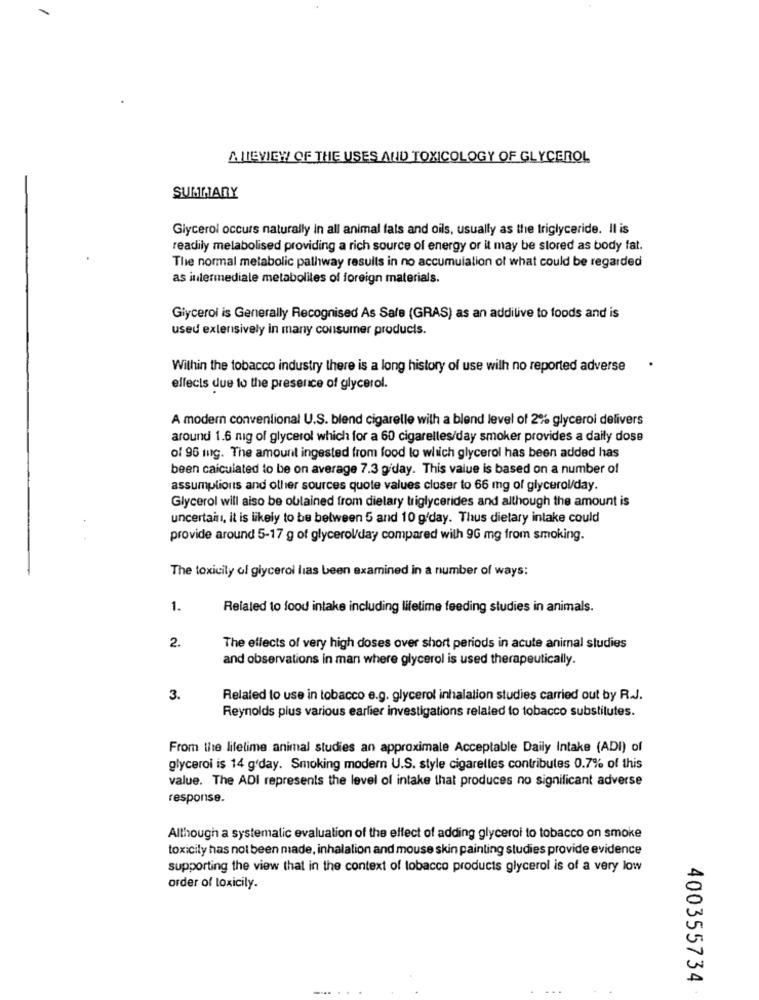
MIEVIEW OF THE USES AND TOXICOLOGY OF GLYCEROL
SUMMARY
Glycerol occurs naturally in all animal fals and oils, usually as the triglyceride. Il is
readily metabolised providing a rich source of energy or it may be stored as body fat.
The normal metabolic pathway results in no accumulation of what could be regarded
as intermediale metabolites of foreign materials.
Glycerol is Generally Recognised As Sale (GRAS) as an additive to foods and is
used extensively in many consumer products.
Within the tobacco industry there is a long history of use wilh no reported adverse
effects due to the presence of glycerol.
A modern conventional U.S. blend cigarelle wilh a blend level of 2% glycerol delivers
around 1.6 nig of glycerol which for a 60 cigarelles/day smoker provides a daily dose
of 96 mg. The amount ingested from food lo which glycerol has been added has
been calculated to be on average 7.3 giday. This value is based on a number of
assumptions and other sources quote values closer to 66 mg of glycerol/day.
Glycerol will aiso be obtained from dielary triglycerides and although the amount is
uncertain, it is likely to be between 5 and 10 g'day. Thus dietary intake could
provide around 5-17 g of glycerol/day compared with 9G mg from smoking.
The toxicity of glycerol lias been examined in a number of ways:
1.
Related to food intake including lifetime feeding studies in animals.
2.
The effects of very high doses over short periods in acute animal studies
and observations in man where glycerol is used therapeutically.
3.
Related to use in tobacco e.g. glycerol inhalation studies carried out by R.J.
Reynolds plus various earlier investigations relaled to tobacco substitutes.
From the lifetime animal studies an approximate Acceptable Daily Intake (ADI) of
glyceroi is 14 g'day. Smoking modern U.S. style cigarelles contributes 0.7% of this
value. The ADI represents the level of intake that produces no significant adverse
response.
Although a systematic evaluation of the effect of adding glycerol to tobacco on smoke
toxicily has not been made, inhalalion and mouse skin painting studies provide evidence
supporting the view that in the context of tobacco products glycerol is of a very low
order of loxicily.
400355734
.